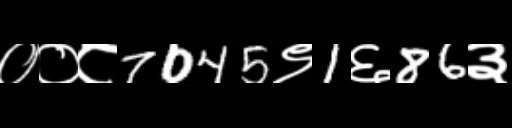
Text: ००८7045९1६86३